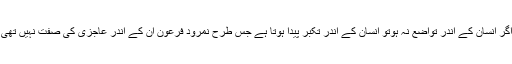
تواضع وانکساری یہ نبیوںولیوں کی نشانی ہے اگر انسان کے اندر تواضع نہ ہوتو انسان کے اندر تکبر پیدا ہوتا ہے جس طرح نمرود فرعون ان کے اندر عاجزی کی صفت نہیں تھی اس لئے فرعون نے تکبر میں خدائی دعویٰ کیا۔